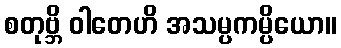
စတုဗ္ဘိ ဝါတေဟိ အသမ္ပကမ္ပိယော။